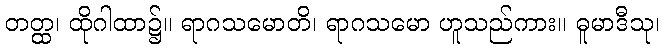
တတ္ထ၊ ထိုဂါထာ၌။ ရာဂသမောတိ၊ ရာဂသမော ဟူသည်ကား။ ဓူမာဒီသု၊